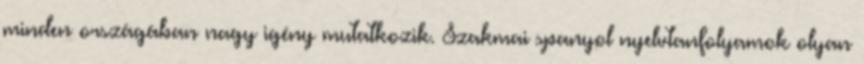
minden országában nagy igény mutatkozik. Szakmai spanyol nyelvtanfolyamok olyan